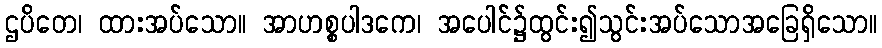
ဌပိတေ၊ ထားအပ်သော။ အာဟစ္စပါဒကေ၊ အပေါင်၌ထွင်း၍သွင်းအပ်သောအခြေရှိသော။